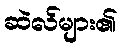
ဆဲလ်များ၏